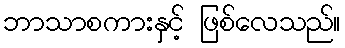
ဘာသာစကားနှင့် ဖြစ်လေသည်။